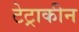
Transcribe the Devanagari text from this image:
टेट्राकीन